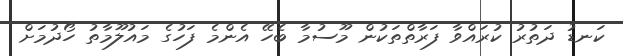
ކަނޑު ދަތުރު ކުރައްވާ ފަރާތްތަކުން މޫސުމާ ބެހޭ އެންމެ ފަހުގެ މައުލޫމާތު ހޯދުމަށް